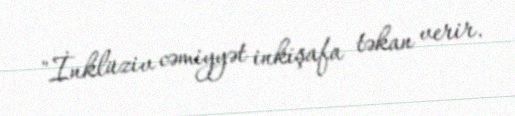
"İnklüziv cəmiyyət inkişafa təkan verir.